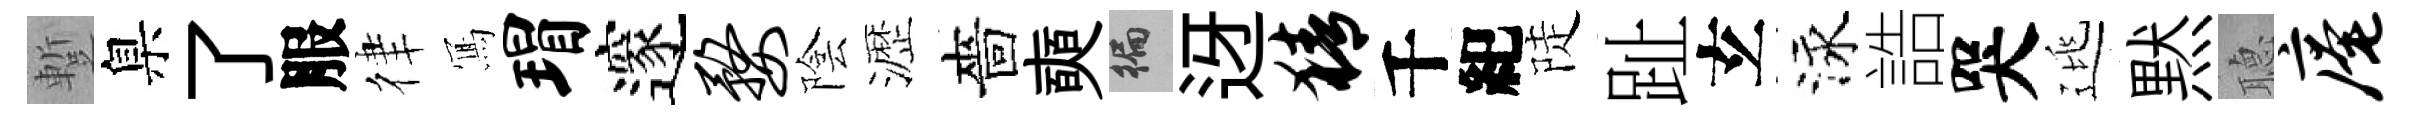
蹔臬了服律𭂁瑁邃婺陰瀝嗇奭徧迓猜千紀陡趾𤣥泳誥哭逃黙𦗟庵